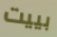
بييت